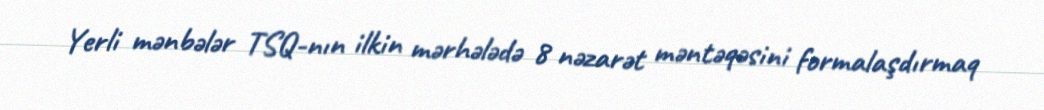
Yerli mənbələr TSQ-nın ilkin mərhələdə 8 nəzarət məntəqəsini formalaşdırmaq